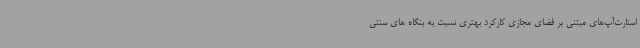
استارت‌آپ‌های مبتنی بر فضای مجازی کارکرد بهتری نسبت به بنگاه های سنتی